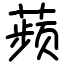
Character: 𬞟